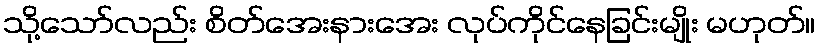
သို့သော်လည်း စိတ်အေးနားအေး လုပ်ကိုင်နေခြင်းမျိုး မဟုတ်။